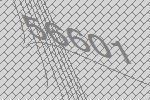
56601